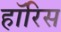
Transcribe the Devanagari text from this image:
हॉरिस